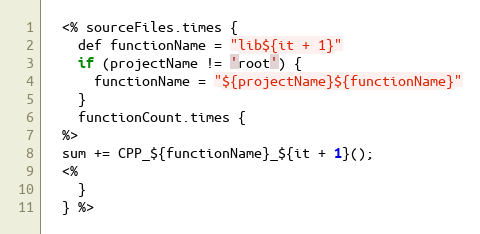
Language: C++
  <% sourceFiles.times {
    def functionName = "lib${it + 1}"
    if (projectName != 'root') {
      functionName = "${projectName}${functionName}"
    }
    functionCount.times {
  %>
  sum += CPP_${functionName}_${it + 1}();
  <%
    }
  } %>